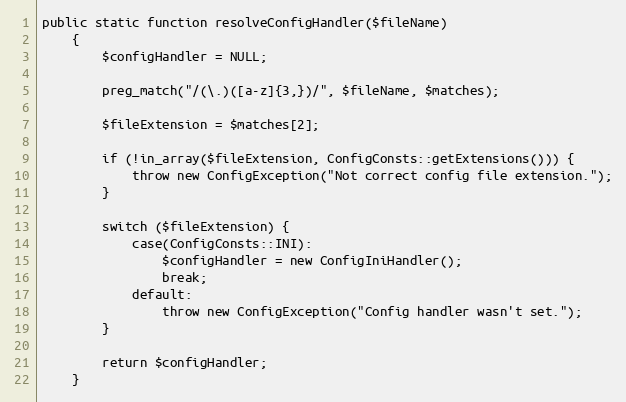
Language: PHP
public static function resolveConfigHandler($fileName)
    {
        $configHandler = NULL;

        preg_match("/(\.)([a-z]{3,})/", $fileName, $matches);

        $fileExtension = $matches[2];

        if (!in_array($fileExtension, ConfigConsts::getExtensions())) {
            throw new ConfigException("Not correct config file extension.");
        }

        switch ($fileExtension) {
            case(ConfigConsts::INI):
                $configHandler = new ConfigIniHandler();
                break;
            default:
                throw new ConfigException("Config handler wasn't set.");
        }

        return $configHandler;
    }